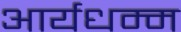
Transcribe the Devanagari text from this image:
आर्यधम्म